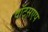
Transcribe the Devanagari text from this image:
वॉट्सएप